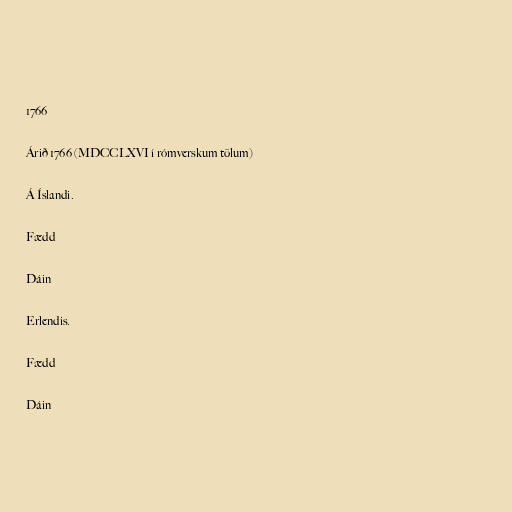
1766

Árið 1766 (MDCCLXVI í rómverskum tölum)

Á Íslandi.

Fædd

Dáin

Erlendis.

Fædd

Dáin